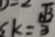
k = \frac { \sqrt { 3 } } { 3 }